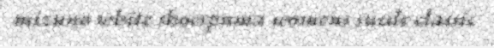
mizuno white shoespuma womens suede classic